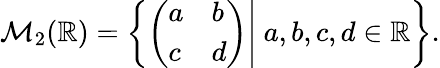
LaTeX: {\mathcal{M}}_{2}(\mathbb{R})=\left\{ \left.{\left(\begin{array}{ll}{a}&{b}\\ {c}&{d}\end{array}\right)}\right|\ a,b,c,d\in\mathbb{R}\right\} .